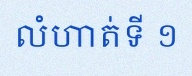
លំហាត់ទី ១